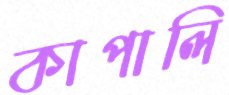
কাপালি